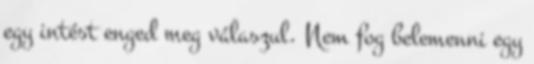
egy intést enged meg válaszul. Nem fog belemenni egy